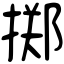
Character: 掷